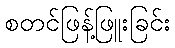
စတင်ဖြန့်ဖြူးခြင်း